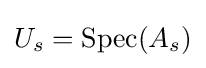
U_{s}=\operatorname {Spec} (A_{s})